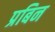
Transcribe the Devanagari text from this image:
प्रबिन